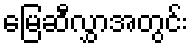
မြေဆီလွှာအတွင်း